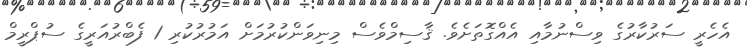
އެހެރީ ސަރުކާރުގެ ވިސްނުމާއި އެއްގޮތަށެވެ. ޤާސިމްވެސް މިނިވަންކުރުމަށް އަމުރުކުރި 1 ފެބްރުއަރީގެ ސުޕްރީމް